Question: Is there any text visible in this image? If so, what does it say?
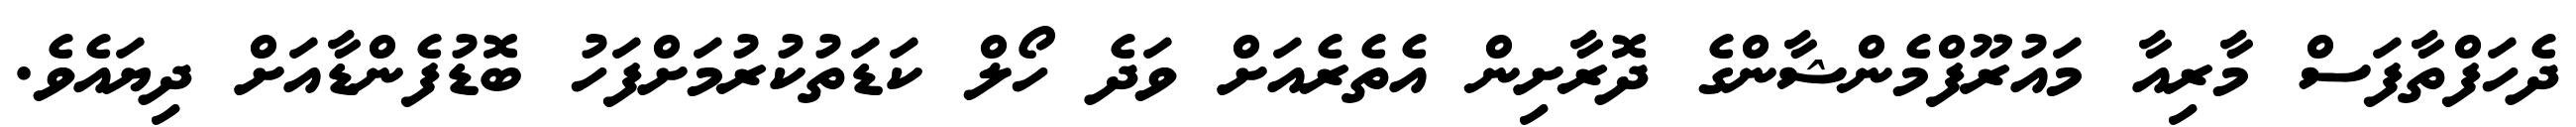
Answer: ދެހަފްތާފަސް މާރިއާ މައުރޫފްމެންޝާންގެ ދޮރާށިން އެތެރެއަށް ވަދެ ހޯލް ކަޑަތުކުރުމަށްފަހު ބޮޑުފެންޑާއަށް ދިޔައެވެ.